NAE_ERA_R-2324_Eesti_Vabariigi_Pohiseaduslik_Assamblee, lk 141
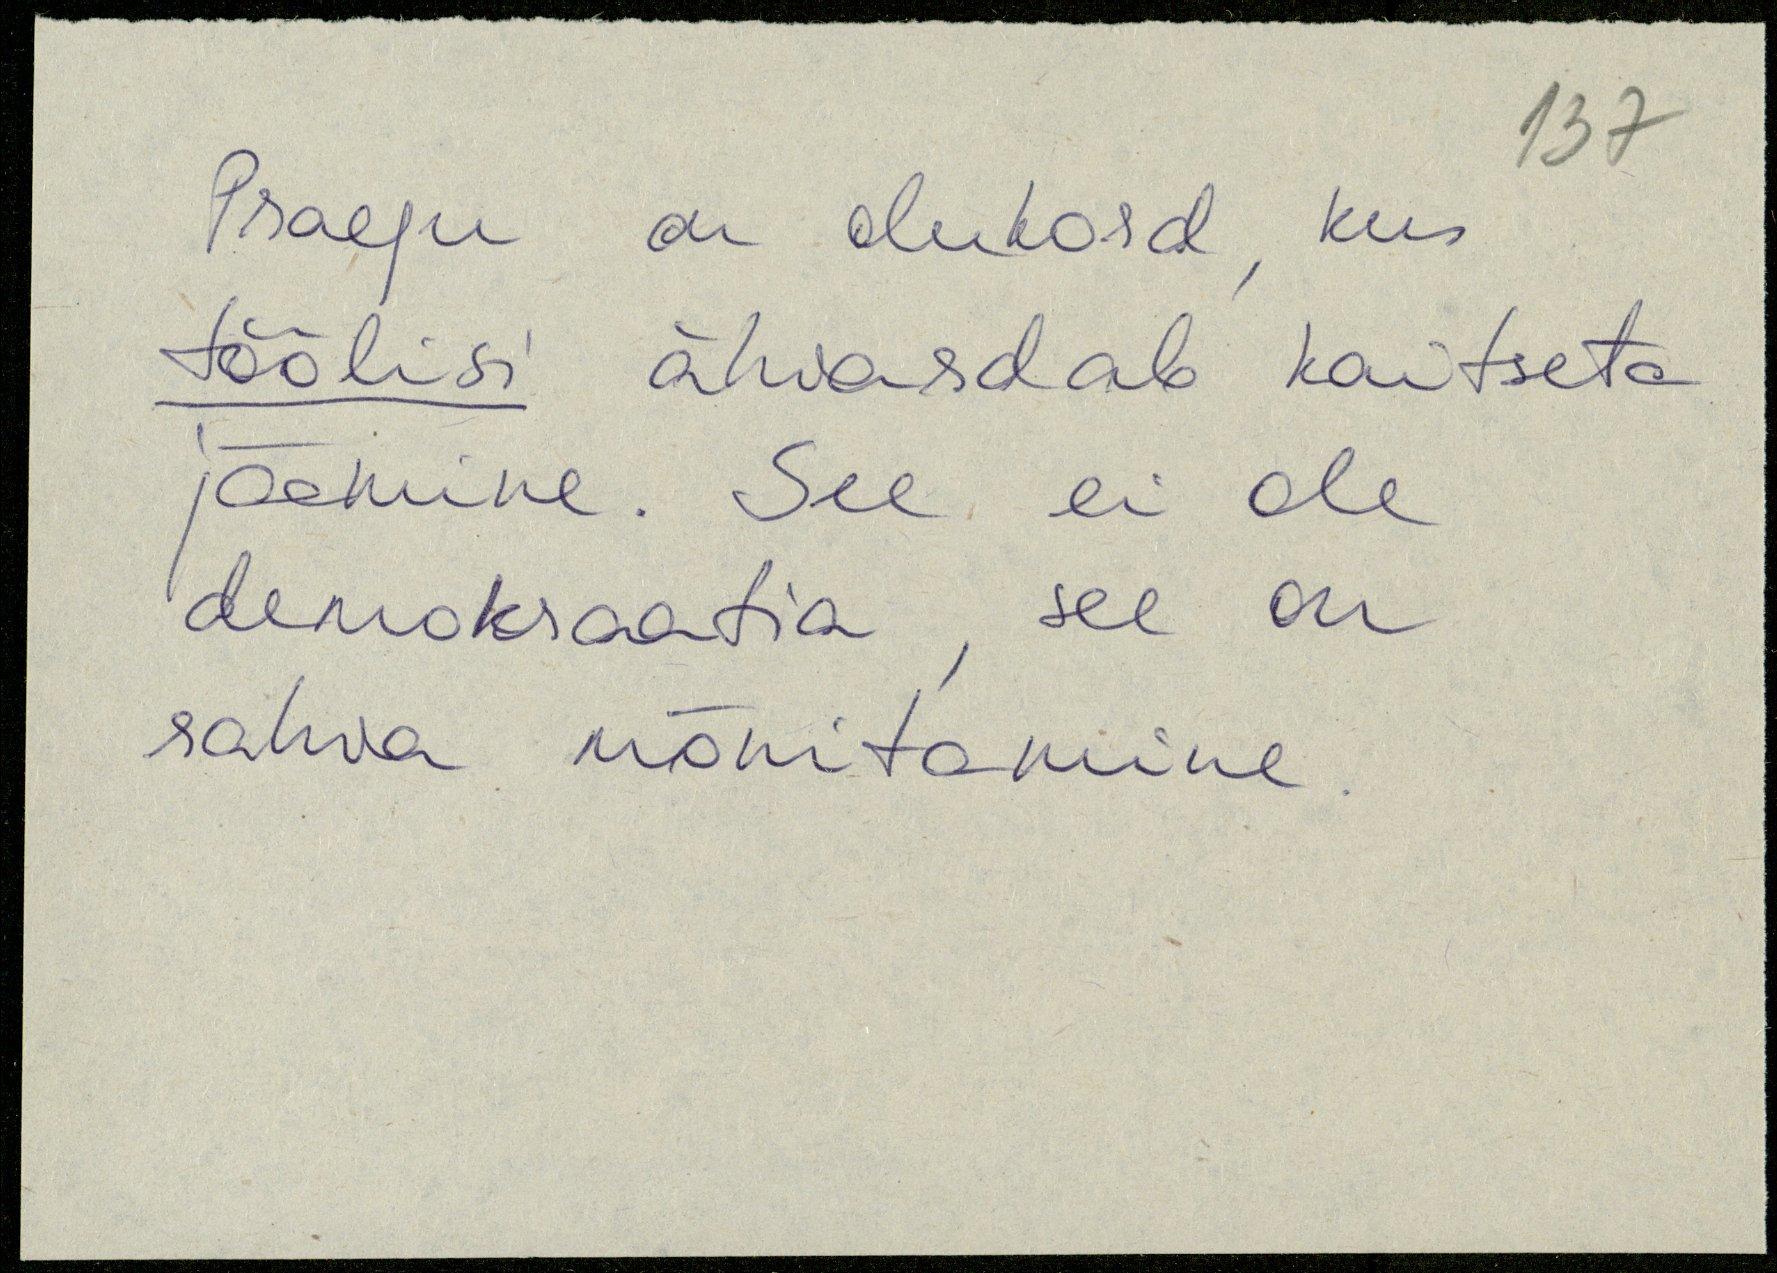
Praegu on olukord, kus
töölisi ähvardab kaitseta
jäämine. See ei ole
demokraatia see on
rahva mõnitamine